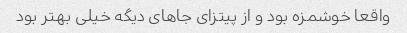
واقعا خوشمزه بود و از پیتزای جاهای دیگه خیلی بهتر بود